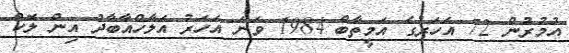
އުމުރުން 72 އަހަރުގެ އަމީތާބް 1984 ވަނަ އަހަރު އަލާހްއާބާދު އިން ލޮކް